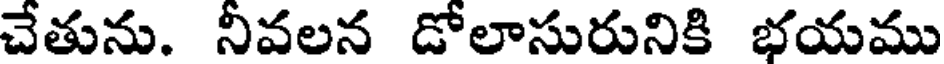
చేతును. నీవలన డోలాసురునికి భయము